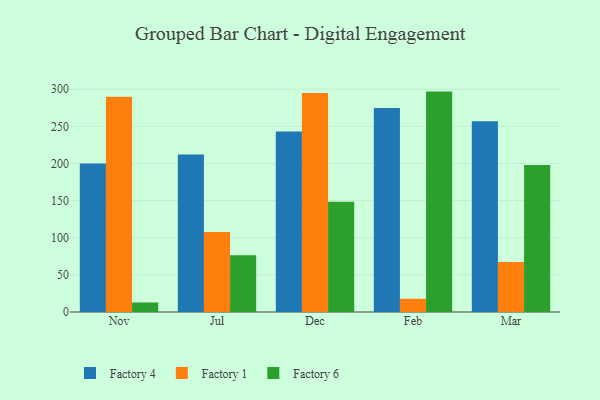
{"axis": {"x": "Month", "y": "Backlog"}, "legend": ["Factory 1", "Factory 4", "Factory 6"], "data": [{"x": "Nov", "y": 200.0, "type": "Factory 4"}, {"x": "Nov", "y": 290.0, "type": "Factory 1"}, {"x": "Nov", "y": 12.8, "type": "Factory 6"}, {"x": "Jul", "y": 212.0, "type": "Factory 4"}, {"x": "Jul", "y": 107.7, "type": "Factory 1"}, {"x": "Jul", "y": 76.3, "type": "Factory 6"}, {"x": "Dec", "y": 243.1, "type": "Factory 4"}, {"x": "Dec", "y": 295.0, "type": "Factory 1"}, {"x": "Dec", "y": 148.5, "type": "Factory 6"}, {"x": "Feb", "y": 274.8, "type": "Factory 4"}, {"x": "Feb", "y": 17.8, "type": "Factory 1"}, {"x": "Feb", "y": 296.8, "type": "Factory 6"}, {"x": "Mar", "y": 256.8, "type": "Factory 4"}, {"x": "Mar", "y": 67.3, "type": "Factory 1"}, {"x": "Mar", "y": 198.1, "type": "Factory 6"}]}